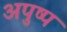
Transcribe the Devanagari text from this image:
अपुष्प